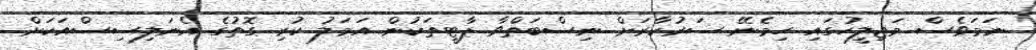
ނަމަވެސް މަޖިލީހުގައި ހިމެނޭ ސަރުކާރަށް ނިސްބަތްވާ ޕާޓީތަކުން އަމަލު ކުރި ގޮތުގެ އެނަލިސިސްއަކަށް